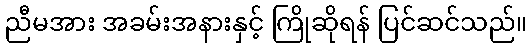
ညီမအား အခမ်းအနားနှင့် ကြိုဆိုရန် ပြင်ဆင်သည်။